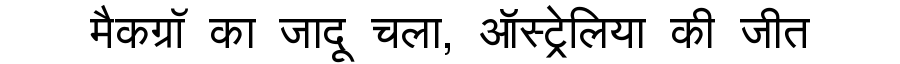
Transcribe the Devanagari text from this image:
मैकग्रॉ का जादू चला, ऑस्ट्रेलिया की जीत